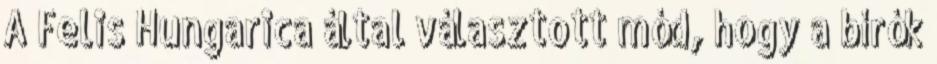
A Felis Hungarica által választott mód, hogy a bírók